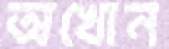
অখোন